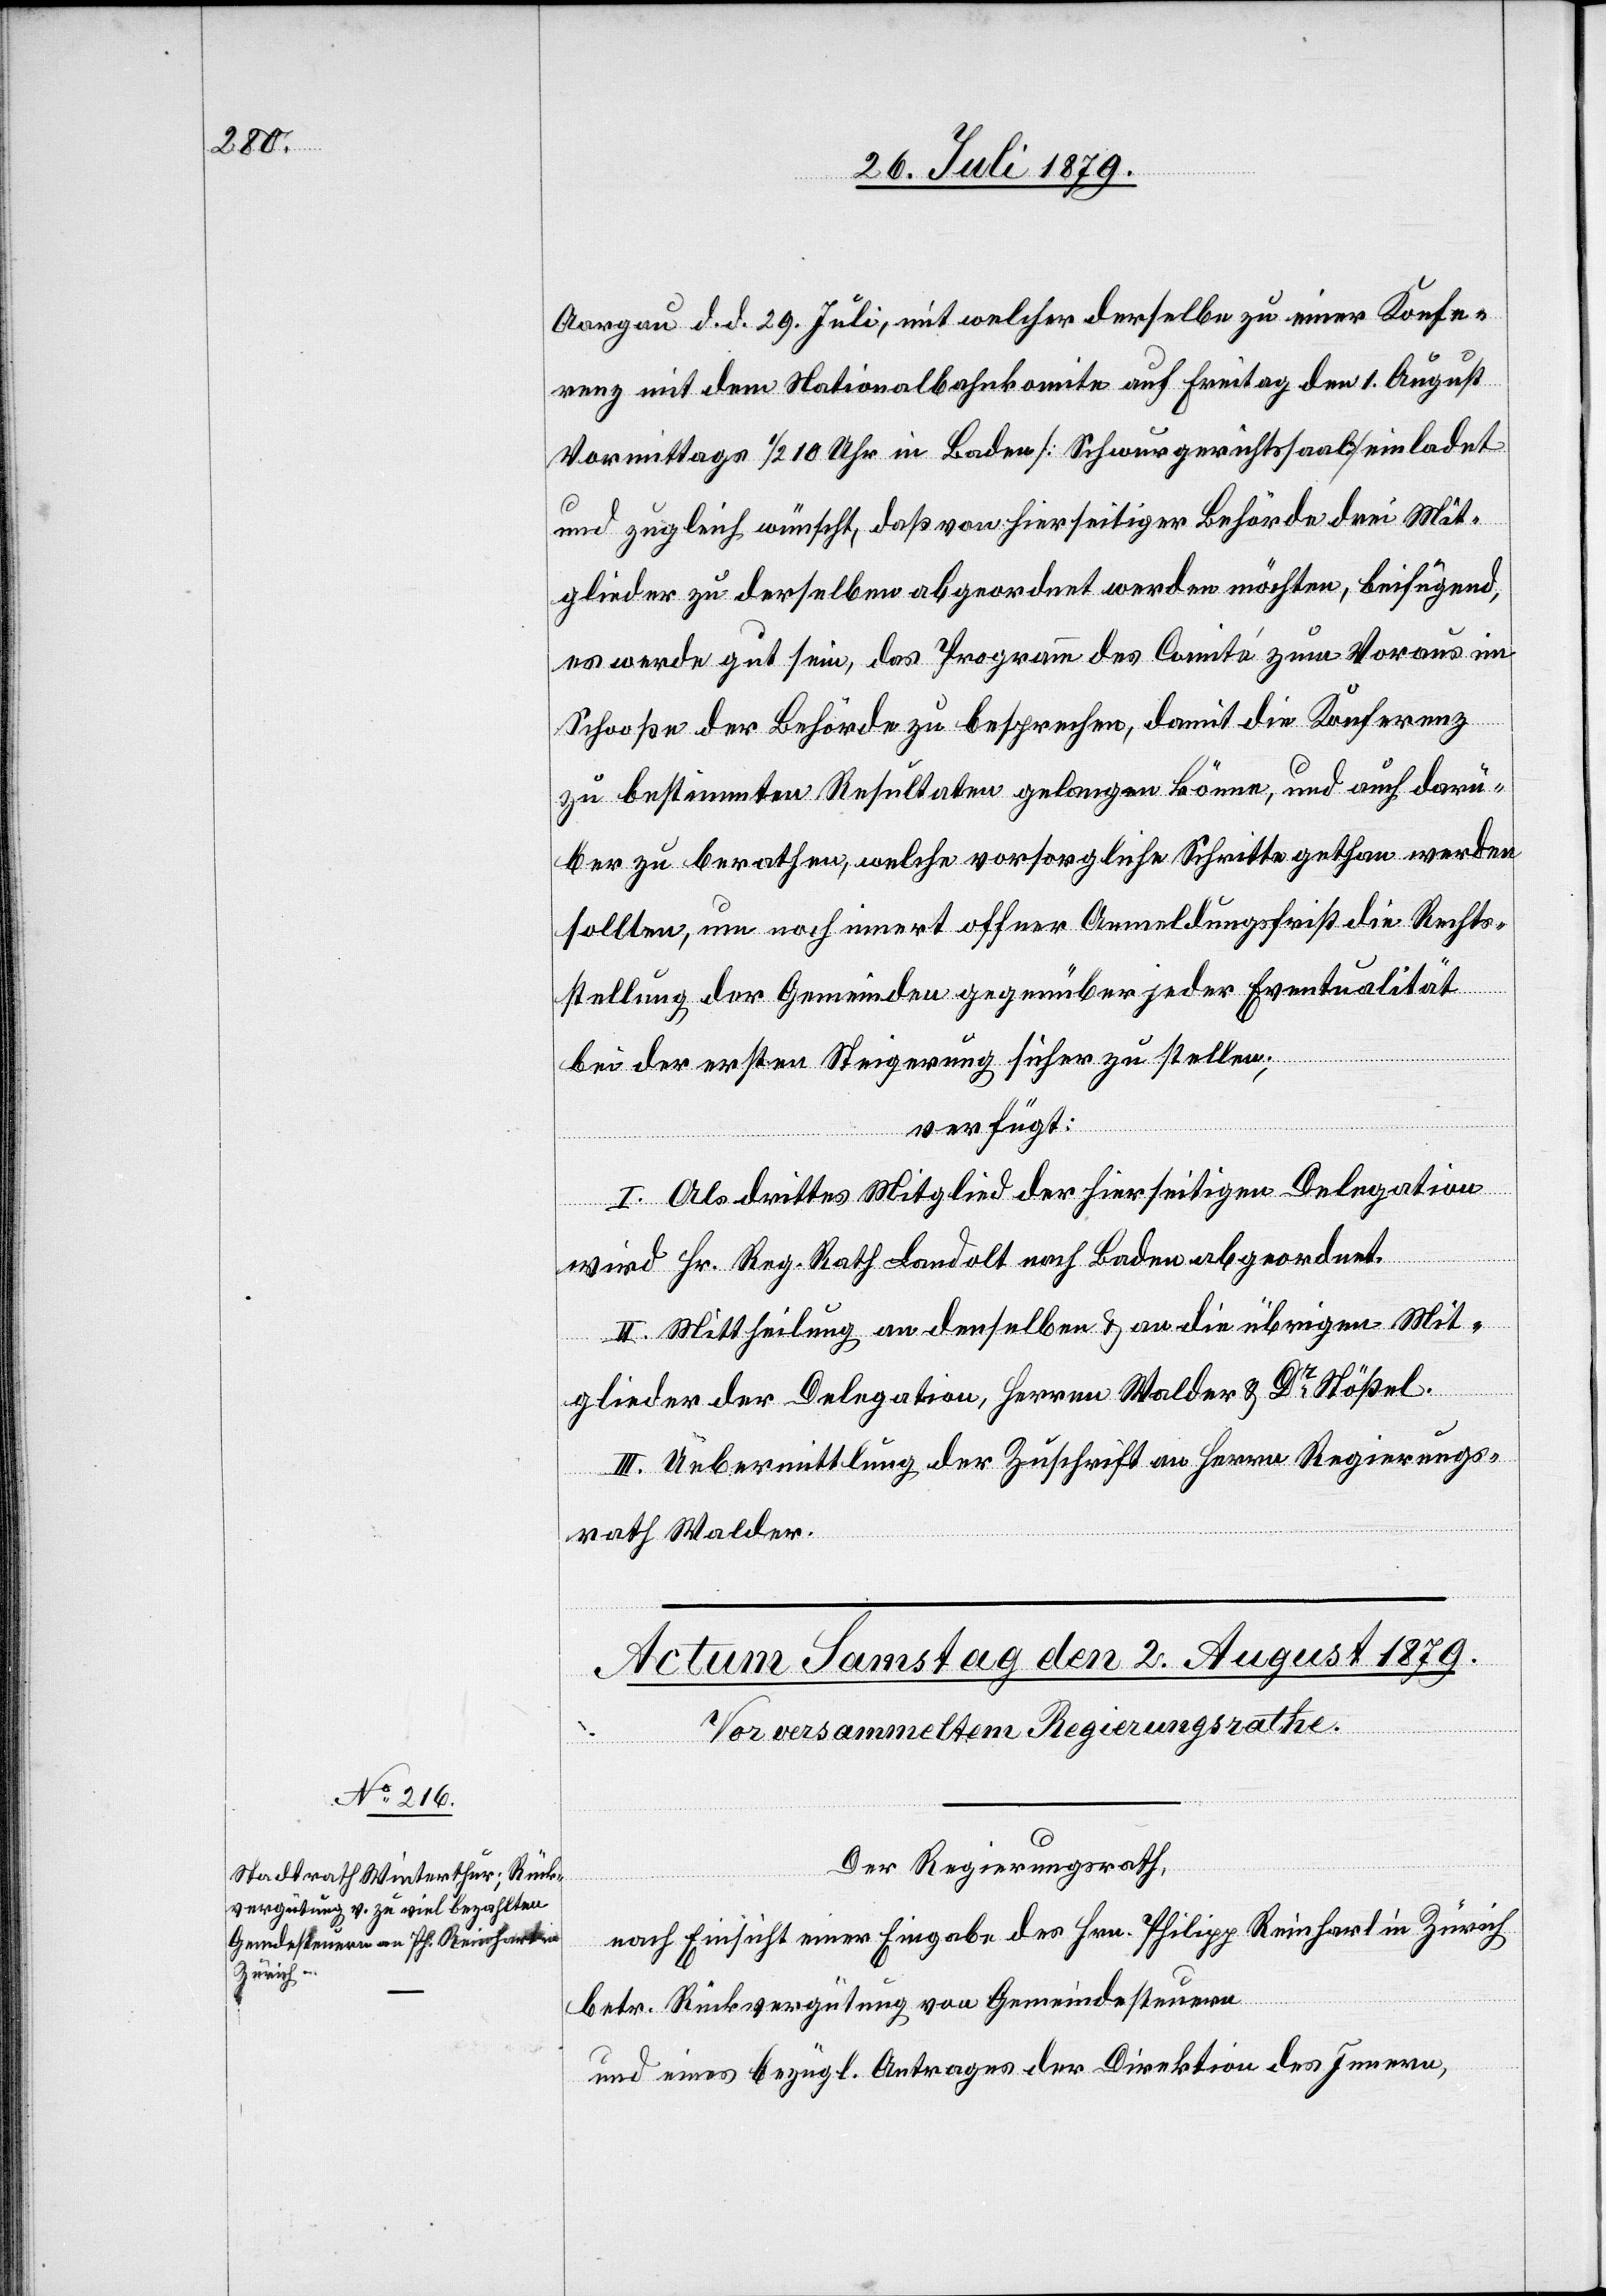
Aargau d. d. 29. Juli, mit welcher derselbe zu einer Konfe¬
renz mit dem Nationalbahnkomite auf Freitag den 1. August
Vormittags 1/2 10 Uhr in Baden [Schwurgerichtssaal] einladet
und zugleich wünscht, daß von hierseitiger Behörde drei Mit¬
glieder zu derselben abgeordnet werden möchten, beifügend,
es werde gut sein, das Programm des Comité zum Voraus im
Schooße der Behörde zu besprechen, damit die Konferenz
zu bestimmten Resultaten gelangen könne, und auch darü¬
ber zu berathen, welche vorsorgliche Schritte gethan werden
sollten, um noch innert offener Anmeldungsfrist die Rechts¬
stellung der Gemeinden gegenüber jeder Eventualität
bei der ersten Steigerung sicher zu stellen;
verfügt:
I. Als drittes Mitglied der hierseitigen Delegation
wird Hr. Reg. Rath Landolt nach Baden abgeordnet.
II. Mittheilung an denselben & an die übrigen Mit¬
glieder der Delegation, Herren Walder & Dr Stößel.
III. Uebermittlung der Zuschrift an Herren Regierungs¬
rath Walder.
Der Regierungsrath,
nach Einsicht einer Eingabe des Hrn. Philipp Reinhart in Zürich
betr. Rückvergütung von Gemeindesteuern
und eines bezügl. Antrages der Direktion des Innern,